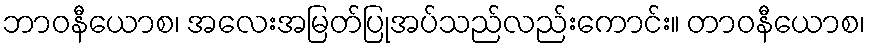
ဘာဝနီယောစ၊ အလေးအမြတ်ပြုအပ်သည်လည်းကောင်း။ တာဝနီယောစ၊